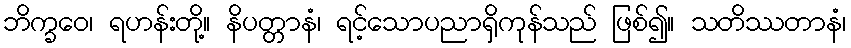
ဘိက္ခဝေ၊ ရဟန်းတို့။ နိပတ္တာနံ၊ ရင့်သောပညာရှိကုန်သည် ဖြစ်၍။ သတိဿတာနံ၊